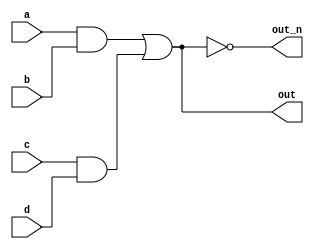
`default_nettype none
module top_module(
    input a,
    input b,
    input c,
    input d,
    output out,
    output out_n   ); 
    
    wire a_b_and;
    wire c_d_and;
    wire abcd_or;
    
    assign a_b_and = a & b;
    assign c_d_and = c & d;
    assign abcd_or = a_b_and | c_d_and;
    
    assign out = abcd_or;
    assign out_n = ~abcd_or;

endmodule